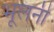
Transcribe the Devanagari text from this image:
भूलनी